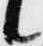
候